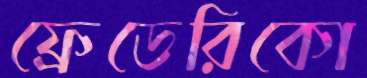
ফ্রেডেরিকো